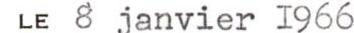
LE 8 janvier 1966